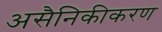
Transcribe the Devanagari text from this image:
असैनिकीकरण